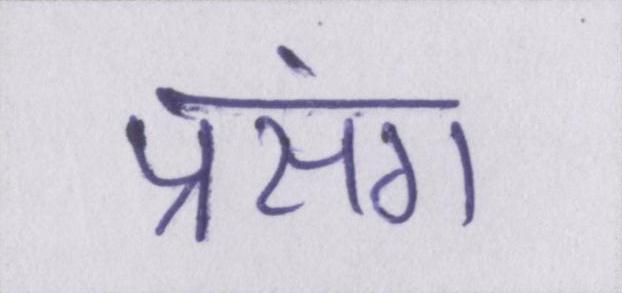
प्रसंग